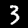
Label: 3